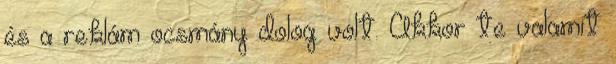
és a reklám ocsmány dolog volt. Akkor te valamit